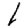
Digit: 1